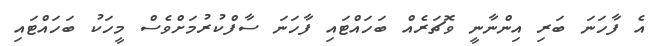
އެ ފާހަނަ ބަރި އިންނާނީ ވޮޗަރެއް ބަހައްޓައި ފާހަނަ ސާފްކުރުމަށްވެސް މީހަކު ބަހައްޓައި